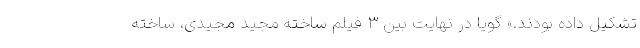
تشکیل داده بودند.» گویا در نهایت بین 3 فیلم ساخته مجید مجیدی، ساخته